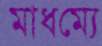
মাধম্যে